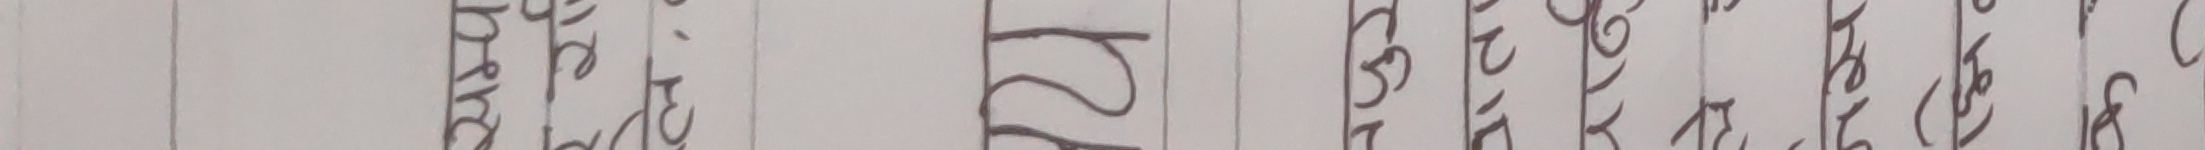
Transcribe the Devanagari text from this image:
नेपाली